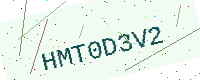
Text: HMT0D3V2